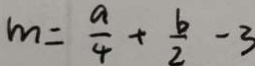
m = \frac { a } { 4 } + \frac { b } { 2 } - 3